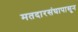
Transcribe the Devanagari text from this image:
मतदारसंघापासून